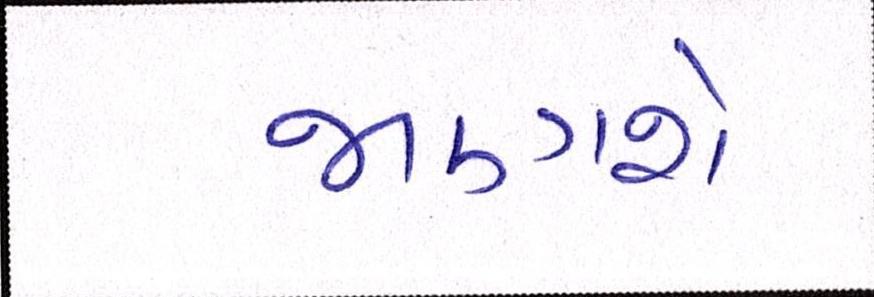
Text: જાણશે